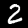
Digit: 2